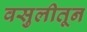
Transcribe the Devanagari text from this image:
वसुलीतून